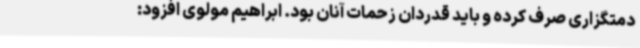
دمتگزاری صرف کرده و باید قدردان زحمات آنان بود. ابراهیم مولوی افزود: